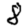
Digit: 8